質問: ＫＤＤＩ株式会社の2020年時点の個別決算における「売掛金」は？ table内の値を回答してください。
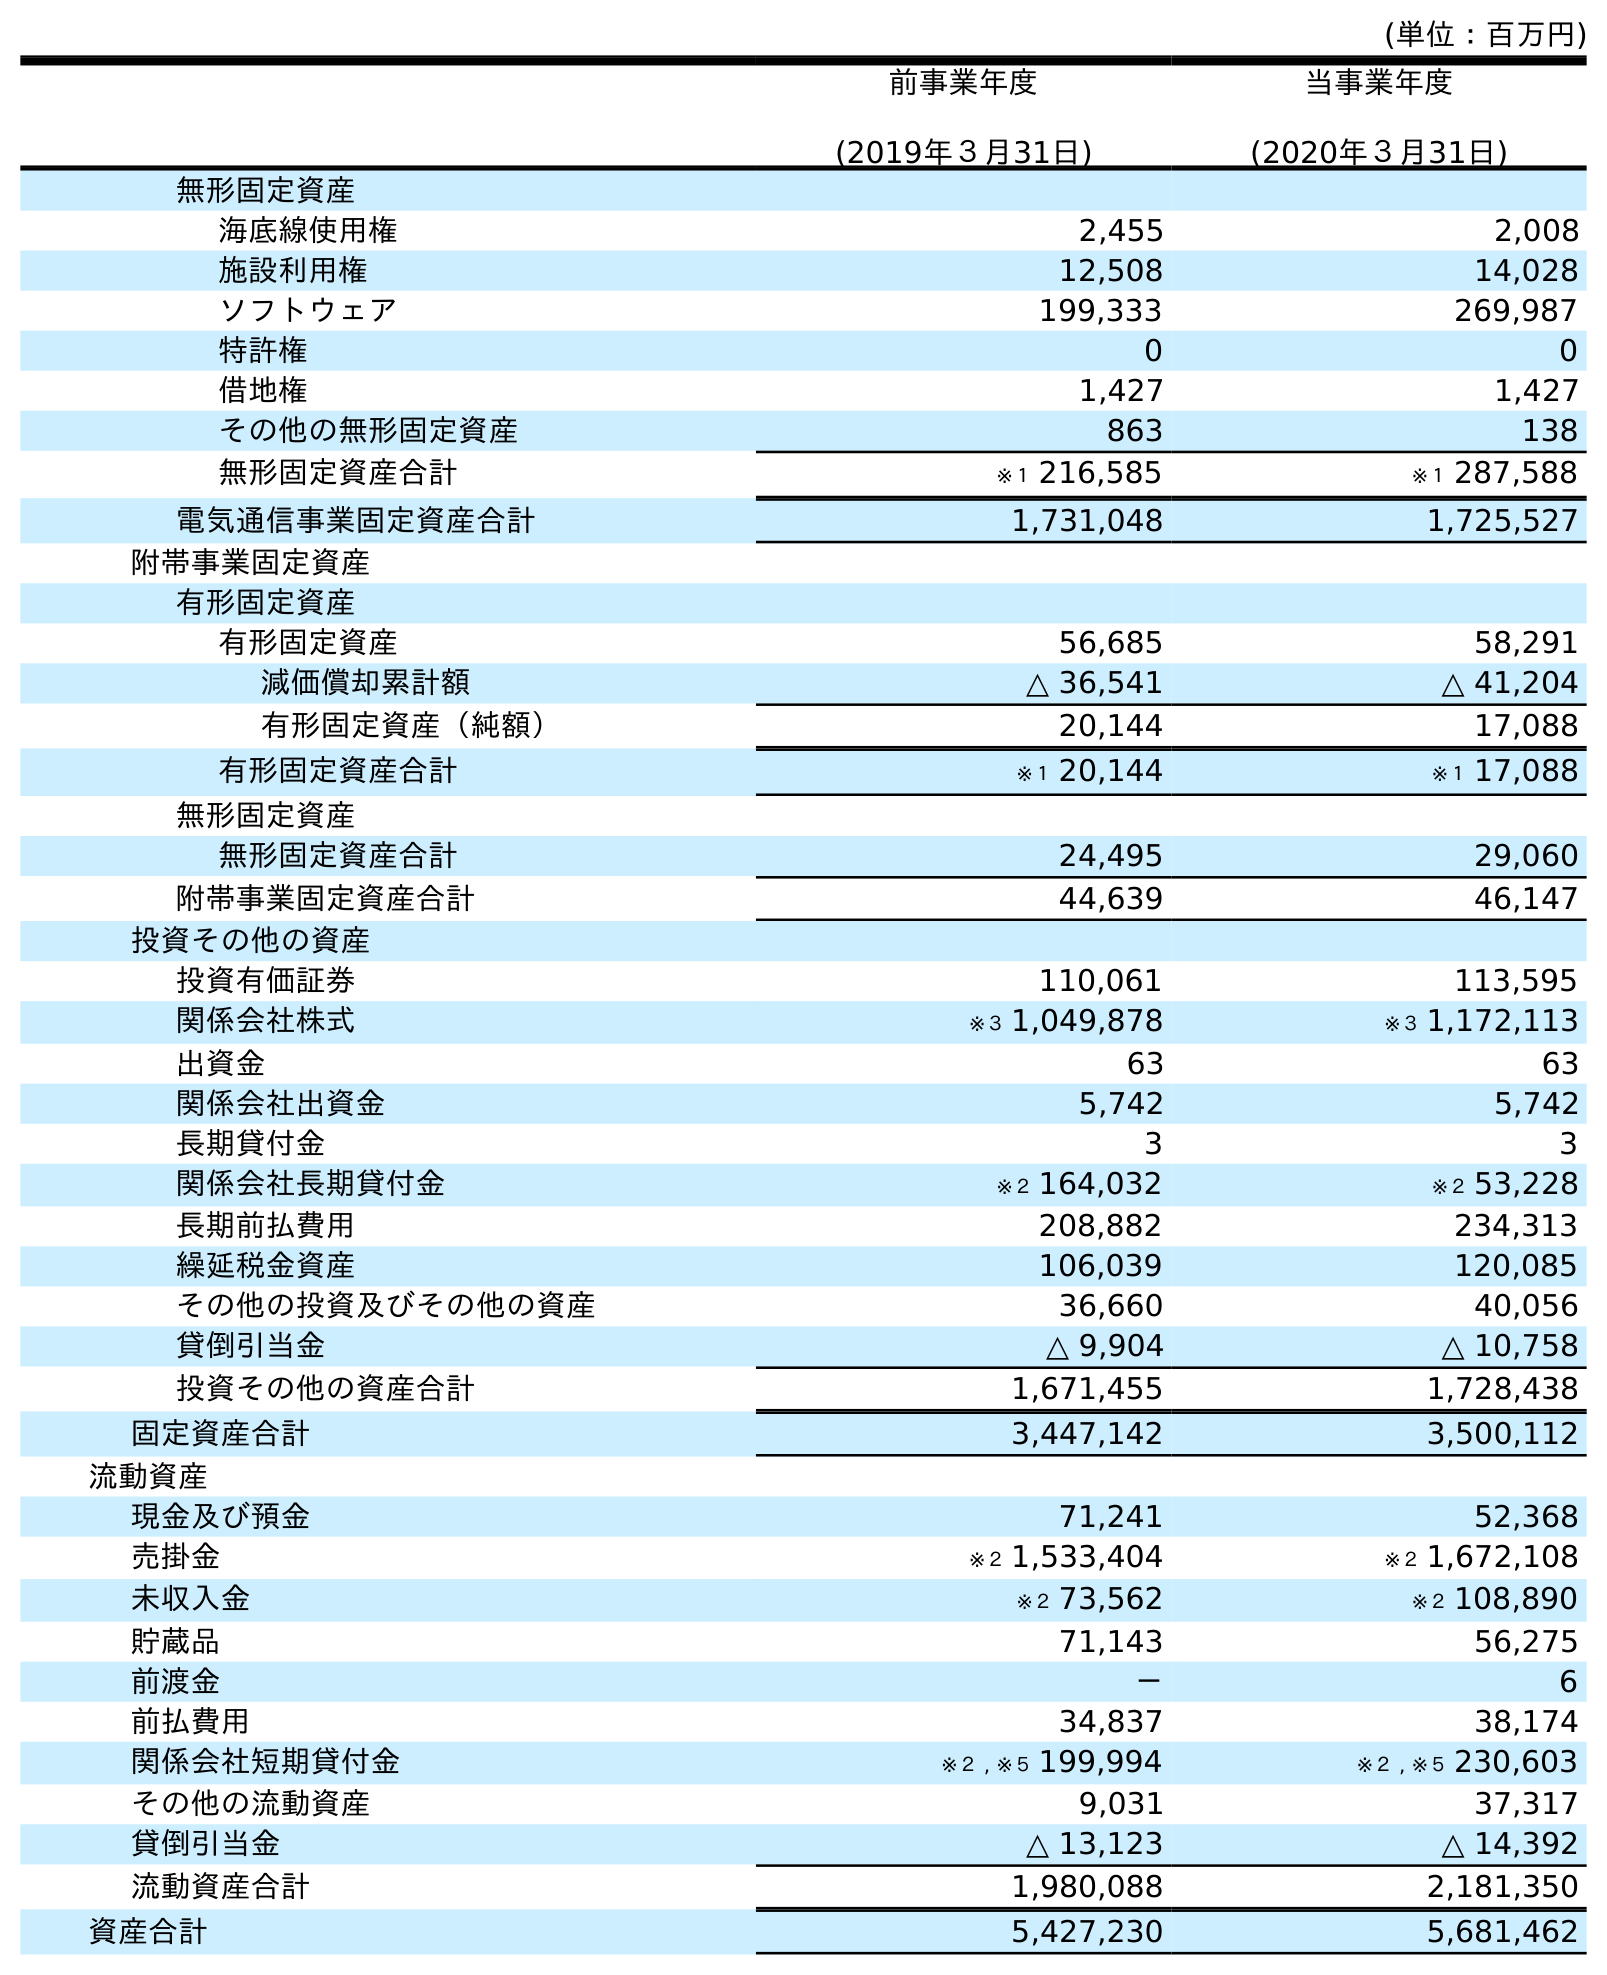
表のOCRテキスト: (単位：百万円) 前事業年度 (2019年３月31日) 当事業年度 (2020年３月31日) 無形固定資産 海底線使用権 2,455 2,008 施設利用権 12,508 14,028 ソフトウェア 199,333 269,987 特許権 0 0 借地権 1,427 1,427 その他の無形固定資産 863 138 無形固定資産合計 ※１ 216,585 ※１ 287,588 電気通信事業固定資産合計 1,731,048 1,725,527 附帯事業固定資産 有形固定資産 有形固定資産 56,685 58,291 減価償却累計額 △ 36,541 △ 41,204 有形固定資産（純額） 20,144 17,088 有形固定資産合計 ※１ 20,144 ※１ 17,088 無形固定資産 無形固定資産合計 24,495 29,060 附帯事業固定資産合計 44,639 46,147 投資その他の資産 投資有価証券 110,061 113,595 関係会社株式 ※３ 1,049,878 ※３ 1,172,113 出資金 63 63 関係会社出資金 5,742 5,742 長期貸付金 3 3 関係会社長期貸付金 ※２ 164,032 ※２ 53,228 長期前払費用 208,882 234,313 繰延税金資産 106,039 120,085 その他の投資及びその他の資産 36,660 40,056 貸倒引当金 △ 9,904 △ 10,758 投資その他の資産合計 1,671,455 1,728,438 固定資産合計 3,447,142 3,500,112 流動資産 現金及び預金 71,241 52,368 売掛金 ※２ 1,533,404 ※２ 1,672,108 未収入金 ※２ 73,562 ※２ 108,890 貯蔵品 71,143 56,275 前渡金 － 6 前払費用 34,837 38,174 関係会社短期貸付金 ※２ , ※５ 199,994 ※２ , ※５ 230,603 その他の流動資産 9,031 37,317 貸倒引当金 △ 13,123 △ 14,392 流動資産合計 1,980,088 2,181,350 資産合計 5,427,230 5,681,462
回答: ※２1,672,108